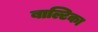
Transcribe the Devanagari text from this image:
बाल्टिका